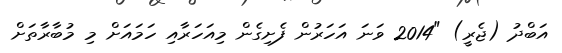
އަބްދު (ޖެރީ) "2014 ވަނަ އަހަރުން ފެށިގެން މިއަހަރާއި ހަމައަށް މި މުބާރާތަށް